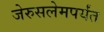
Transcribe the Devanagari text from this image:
जेरुसलेमपर्यंत